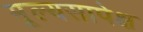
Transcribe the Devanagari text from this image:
मूल्यसापेक्ष